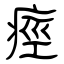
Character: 痙